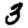
Digit: 3